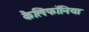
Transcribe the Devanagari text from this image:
कैलिफॉनिया